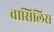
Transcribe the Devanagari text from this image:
वासिलिस